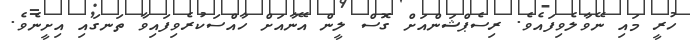
ހުރީ މައި ނޭވާލެވިފައެވެ. ރިސެޕްޝަންއަށް ގޮސް ލީން އޭނާއަށް ހާއްސަކުރެވިފައިވާ ތަނގައި އިށީނެވެ.